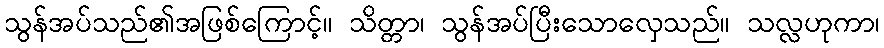
သွန်အပ်သည်၏အဖြစ်ကြောင့်။ သိတ္တာ၊ သွန်အပ်ပြီးသောလှေသည်။ သလ္လဟုကာ၊